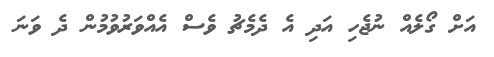
އަށް ގޯލެއް ނުޖެހި އަދި އެ ދެމެޗު ވެސް އެއްވަރުވުމުން ދެ ވަނަ